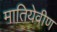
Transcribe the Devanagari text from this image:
मातियेवीण